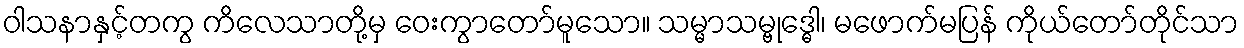
ဝါသနာနှင့်တကွ ကိလေသာတို့မှ ဝေးကွာတော်မူသော။ သမ္မာသမ္ဗုဒ္ဓေါ၊ မဖောက်မပြန် ကိုယ်တော်တိုင်သာ